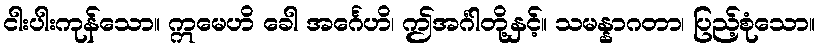
ငါးပါးကုန်သော။ ဣမေဟိ ခေါ အင်္ဂေဟိ၊ ဤအင်္ဂါတို့နှင့်။ သမန္နာဂတာ၊ ပြည့်စုံသော။